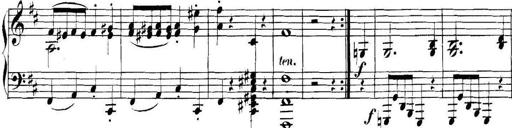
Title: Collected Piano Sonatas
Composer: Muzio Clementi